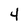
Character: 4